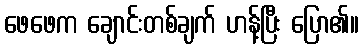
ဖေဖေက ချောင်းတစ်ချက် ဟန့်ပြီး ပြော၏။